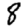
Digit: 8